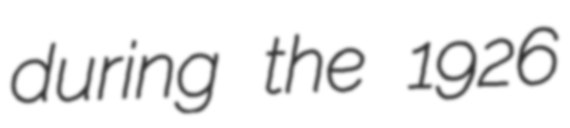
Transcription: during the 1926